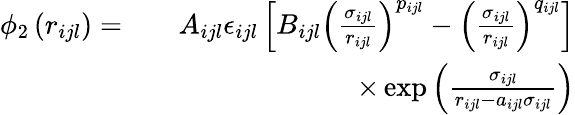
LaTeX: \begin{array}{rlr}{\phi_{2}\left(r_{ijl}\right)=}&{}&{A_{ijl}\epsilon_{ijl}\left[B_{ijl}\left(\frac{\sigma_{ijl}}{r_{ijl}}\right)^{p_{ijl}}-\left(\frac{\sigma_{ijl}}{r_{ijl}}\right)^{q_{ijl}}\right]}\\ &{}&{\times\exp\left(\frac{\sigma_{ijl}}{r_{ijl}-a_{ijl}\sigma_{ijl}}\right)}\end{array}